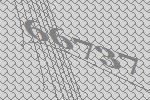
66737